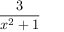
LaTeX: \frac { 3 } { x ^ { 2 } + 1 }